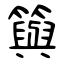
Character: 籅